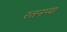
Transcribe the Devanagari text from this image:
रतनप्पा